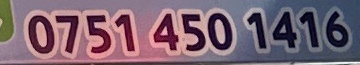
0751 450 1416